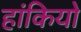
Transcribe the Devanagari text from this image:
हांकियो